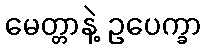
မေတ္တာနဲ့ ဥပေက္ခာ